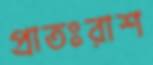
প্রাতঃরাশ